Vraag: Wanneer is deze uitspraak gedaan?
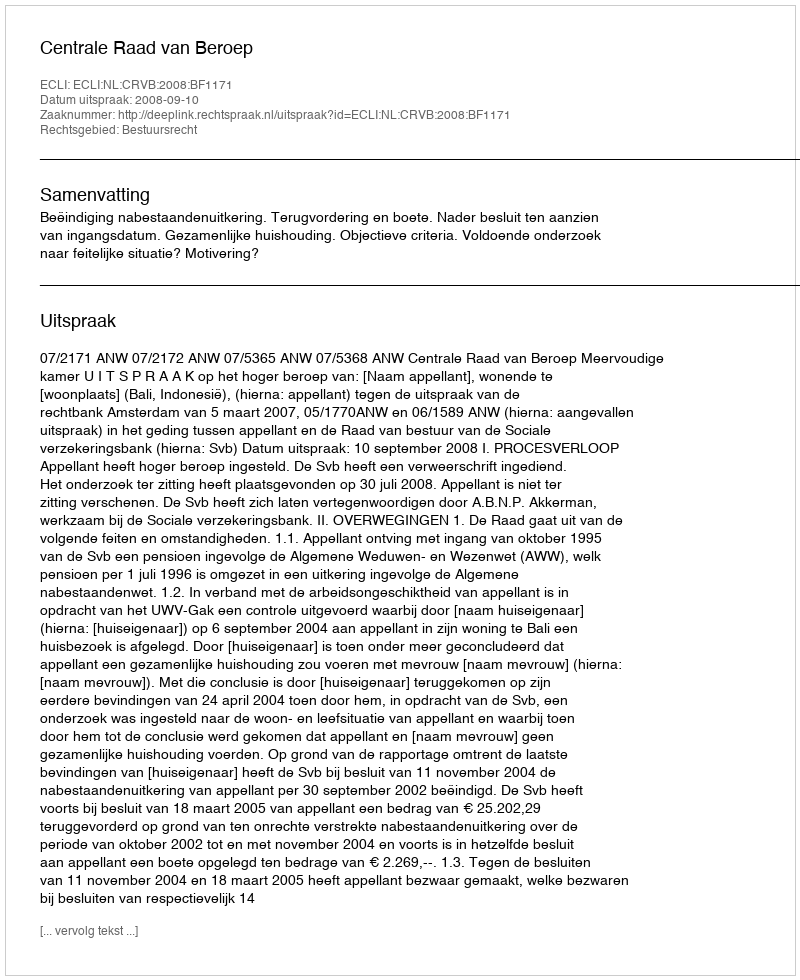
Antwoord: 2008-09-10